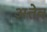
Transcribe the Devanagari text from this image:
अत्तेव